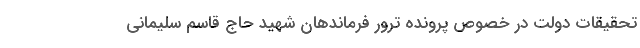
تحقیقات دولت در خصوص پرونده ترور فرماندهان شهید حاج قاسم سلیمانی